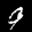
Label: 9